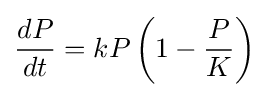
{\frac {dP}{dt}}=kP\left(1-{\frac {P}{K}}\right)